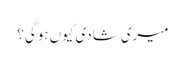
میری شادی کیوں ہوگی؟